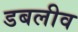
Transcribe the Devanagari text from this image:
डबलीव